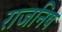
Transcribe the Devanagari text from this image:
राजनिष